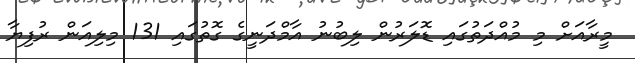
މީރާއަށް މި މުއްދަތުގައި ޑޮލަރުން ލިބުނު އާމްދަނީގެ ގޮތުގައި 131 މިލިއަން ރުފިޔާ